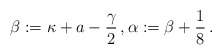
\begin{align*} \beta := \kappa + a - \frac{\gamma}{2} \, , \alpha := \beta + \frac{1}{8} \, .\end{align*}